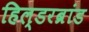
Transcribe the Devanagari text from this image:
हिल्डरब्रांड